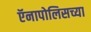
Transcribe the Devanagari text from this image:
ऍनापोलिसच्या